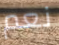
نعم